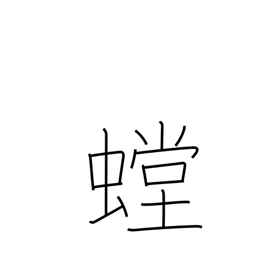
Meaning: mantis